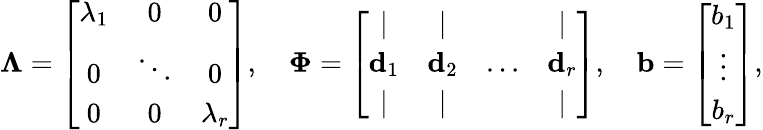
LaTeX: \mathbf{\Lambda}=\left[\begin{array}{ccc}{\lambda_{1}}&{0}&{0}\\ {0}&{\ddots}&{0}\\ {0}&{0}&{\lambda_{r}}\end{array}\right],\quad\mathbf{\Phi}=\left[\begin{array}{cccc}{|}&{|}&&{|}\\ {\mathbf{d}_{1}}&{\mathbf{d}_{2}}&{...}&{\mathbf{d}_{r}}\\ {|}&{|}&&{|}\end{array}\right],\quad\mathbf{\mathbf{b}}=\left[\begin{array}{c}{b_{1}}\\ {\vdots}\\ {b_{r}}\end{array}\right],